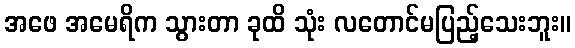
အဖေ အမေရိက သွားတာ ခုထိ သုံး လတောင်မပြည့်သေးဘူး။